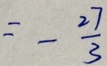
= - \frac { 2 7 } { 3 }